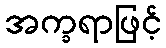
အက္ခရာဖြင့်